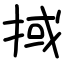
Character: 掝